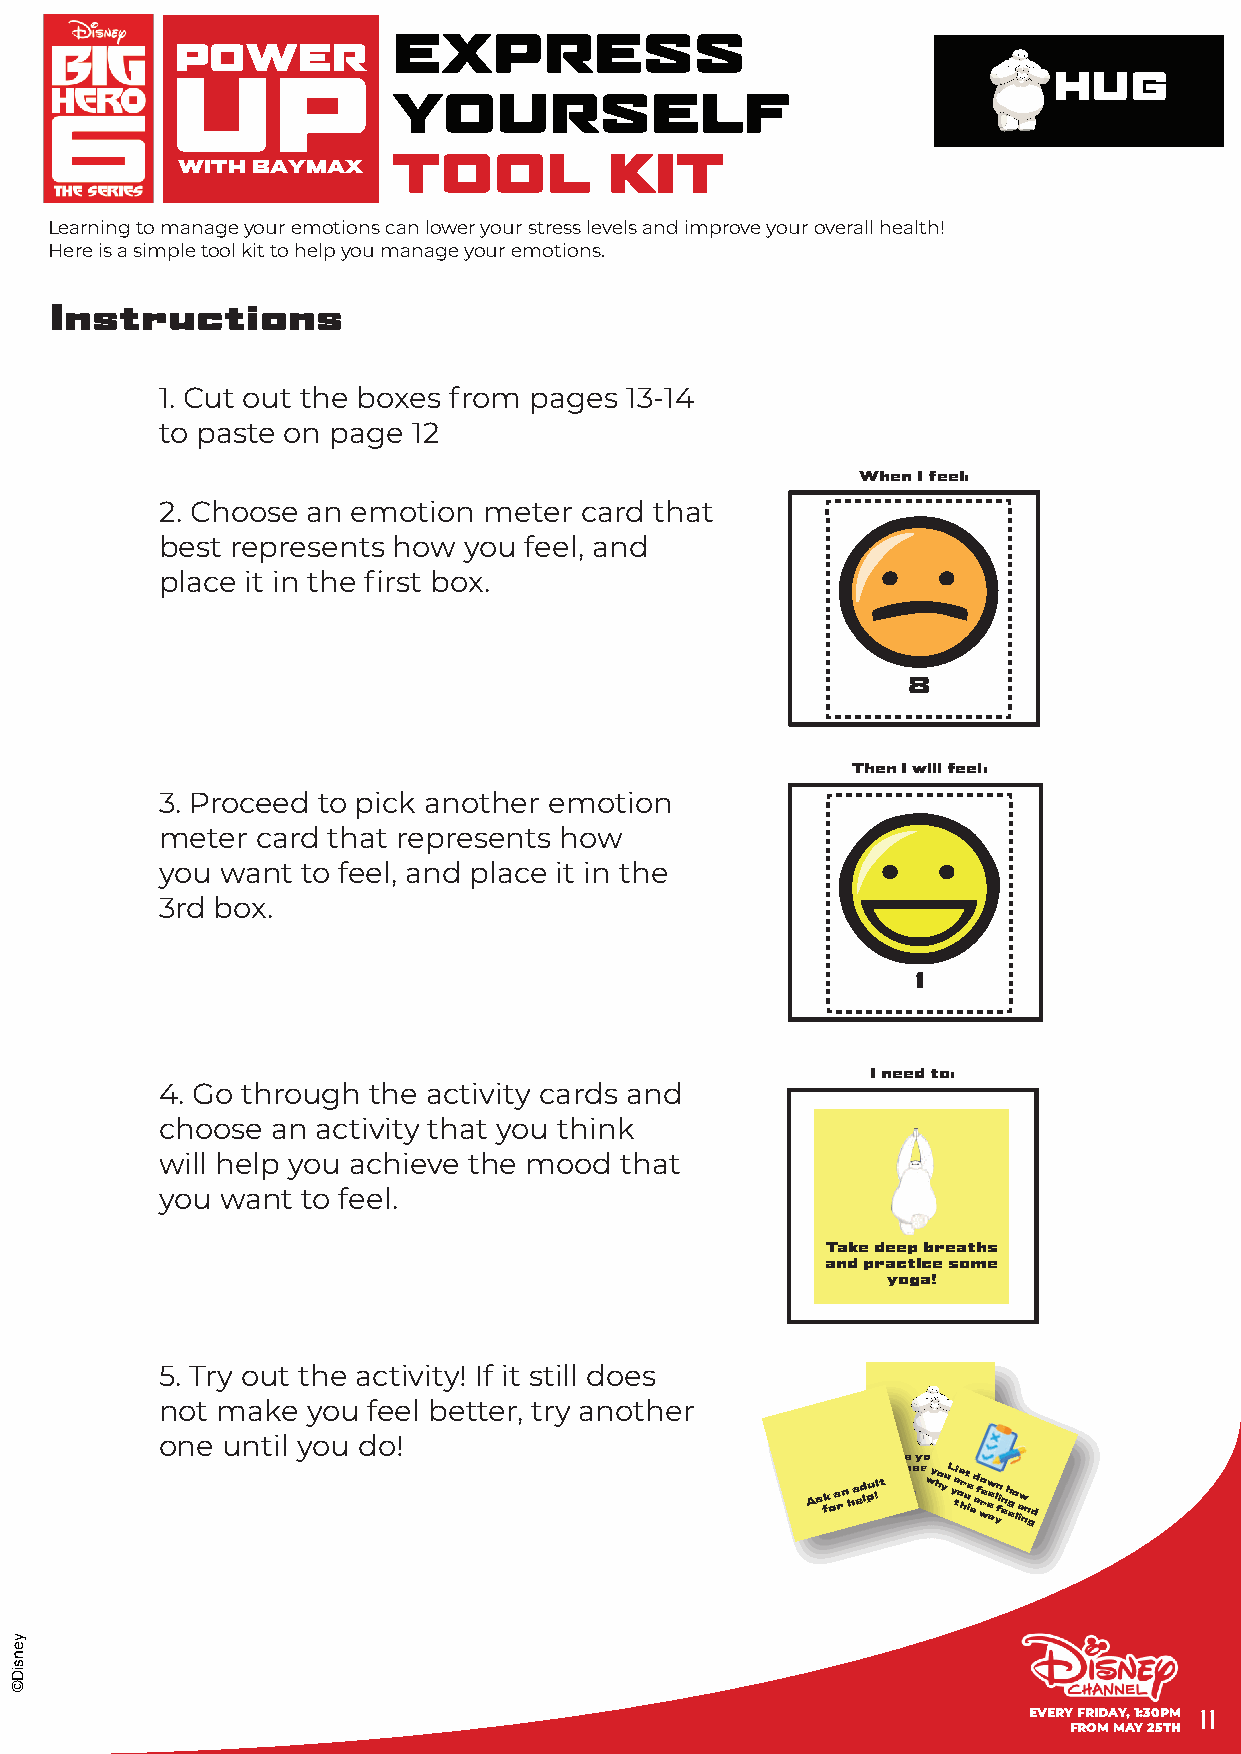
EXPRESS
 POWER
 HUG
 UP
 YOURSELF
 WITH BAYMAX   TOOL          KIT
 Learning to manage your emotions can lower your stress levels and improve your overall health!
 Here is a simple tool kit to help you manage your emotions.
 Instructions
 1. Cut out the boxes from pages 13-14
 to paste on page 12
 When I feel:
 2. Choose an emotion meter card that
 best represents how you feel, and
 place it in the first box.
 8
 Then I will feel:
 3. Proceed to pick another emotion
 meter card that represents how
 you want to feel, and place it in the
 3rd box.
 1
 I need to:
 4. Go through the activity cards and
 choose an activity that you think
 will help you achieve the mood that
 you want to feel.
 Take deep breaths
 and practice some
 yoga!
 5. Try out the activity! If it still does
 not make you feel better, try another
 one until you do!
 Give your loved
 As fk o a rn h a ed lpu !lt ones w ya ho yuh L y u a ti os hrg ut ie! s d af wo re ew e a l yn fin e h ego l a iw nn g d
 EVERY FRIDAY, 1:30PM 11
 FROM MAY 25TH
 yensiD©